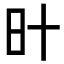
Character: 旪